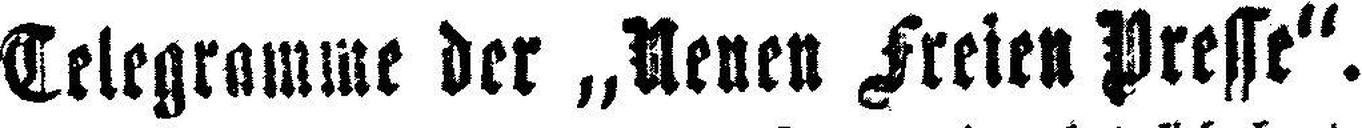
Telegramme der „Neue Freien Presse“.